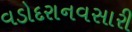
વડોદરાનવસારી